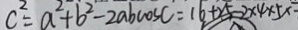
c ^ { 2 } = a ^ { 2 } + b ^ { 2 } - 2 a b \cos c = 1 6 + 2 5 - 2 \times 4 \times 5 \times